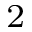
^ { 2 }